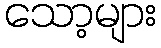
သော့များ